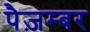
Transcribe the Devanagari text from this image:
पैज़म्बर